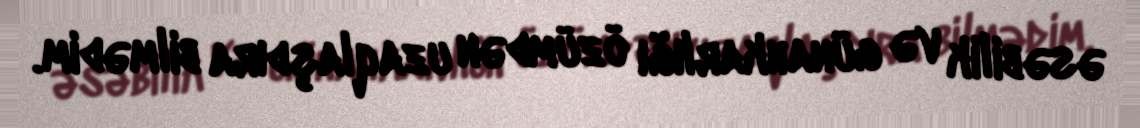
əsəbilik və günahkarlığı özümdən uzaqlaşdıra bilmədim.